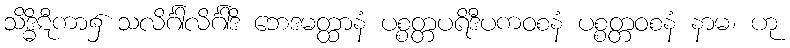
သိဒ္ဓိဋီကာ၌ သလိင်္ဂါလိင်္ဂါဒိ ဘေဒမတ္ထာနံ ပစ္စတ္တပရိဒီပကဝစနံ ပစ္စတ္တဝစနံ နာမ၊ ဟု